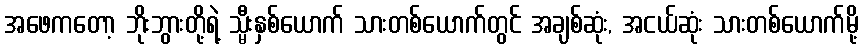
အဖေကတော့ ဘိုးဘွားတို့ရဲ့ သ္မီးနှစ်ယောက် သားတစ်ယောက်တွင် အချစ်ဆုံး, အငယ်ဆုံး သားတစ်ယောက်မို့